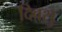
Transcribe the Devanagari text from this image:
दिवसु